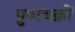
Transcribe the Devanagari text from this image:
पुष्पचक्रों